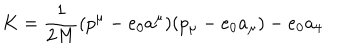
K = \frac { 1 } { 2 M } ( p ^ { \mu } - e _ { 0 } a ^ { \mu } ) ( p _ { \mu } - e _ { 0 } a _ { \mu } ) - e _ { 0 } a _ { 4 }